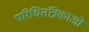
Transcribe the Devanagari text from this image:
परिधितंत्रिकाओं